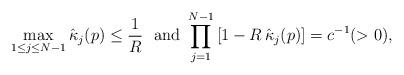
LaTeX: \begin{align*}\max_{1\le j \le N-1} \hat\kappa_j(p) \leq \frac 1R\ \mbox{ and } \prod_{j=1}^{N-1}\left[1-R\,\hat\kappa_j(p)\right] = c^{-1} (> 0),\end{align*}